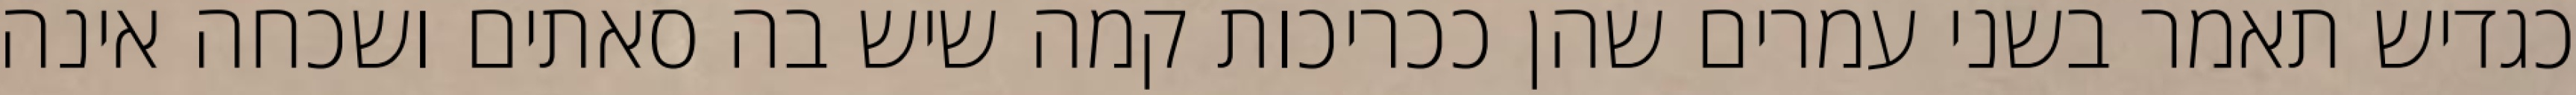
כגדיש תאמר בשני עמרים שהן ככריכות קמה שיש בה סאתים ושכחה אינה